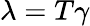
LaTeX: \lambda=T\gamma